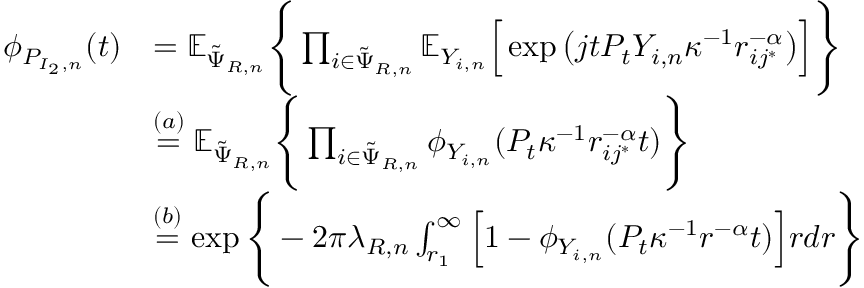
\begin{array} { r l } { \phi _ { P _ { I _ { 2 } , n } } ( t ) } & { = \mathbb { E } _ { \Tilde { \Psi } _ { R , n } } \Bigg \{ \prod _ { i \in \Tilde { \Psi } _ { R , n } } \mathbb { E } _ { Y _ { i , n } } \Big [ \exp \big ( j t P _ { t } Y _ { i , n } \kappa ^ { - 1 } r _ { i j ^ { * } } ^ { - \alpha } \big ) \Big ] \Bigg \} } \\ & { \stackrel { ( a ) } { = } \mathbb { E } _ { \Tilde { \Psi } _ { R , n } } \Bigg \{ \prod _ { i \in \Tilde { \Psi } _ { R , n } } \phi _ { Y _ { i , n } } ( P _ { t } \kappa ^ { - 1 } r _ { i j ^ { * } } ^ { - \alpha } t ) \Bigg \} } \\ & { \stackrel { ( b ) } { = } \exp \Bigg \{ - 2 \pi \lambda _ { R , n } \int _ { r _ { 1 } } ^ { \infty } \Big [ 1 - \phi _ { Y _ { i , n } } ( P _ { t } \kappa ^ { - 1 } r ^ { - \alpha } t ) \Big ] r d r \Bigg \} } \end{array}